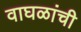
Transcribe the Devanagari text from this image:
वाघळांची